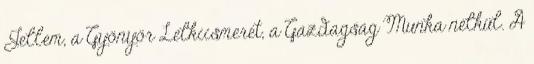
Jellem, a Gyönyör Lelkiismeret, a Gazdagság Munka nélkül. A